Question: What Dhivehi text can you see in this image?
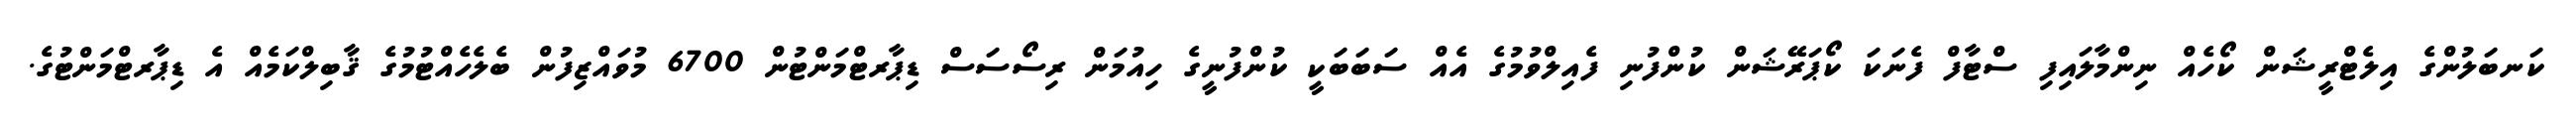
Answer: ކަނބަލުންގެ އިލެޓްރީޝަން ކޯހެއް ނިންމާލައިފި ސްޓާފް ފެނަކަ ކޯޕަރޭޝަން ކުންފުނި ފެއިލްވުމުގެ އެއް ސަބަބަކީ ކުންފުނީގެ ހިއުމަން ރިސޯސަސް ޑިޕާރޓްމަންޓުން 6700 މުވައްޒިފުން ބެލެހެއްޓުމުގެ ޤާބިލްކަމެއް އެ ޑިޕާރޓްމަންޓުގެ.